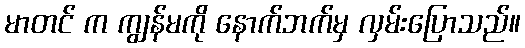
မာတင် က ကျွန်မကို နောက်ဘက်မှ လှမ်းပြောသည်။